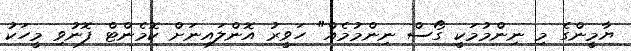
ޔާމީންގެ މި ނިންމުމަކީ ގޯސް ނިންމުމެއް" ހަވީރު އޮންލައިނަށް ކޮމެންޓް ފޮނުވި މީހަކު